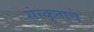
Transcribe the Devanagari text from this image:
संस्कृताचे